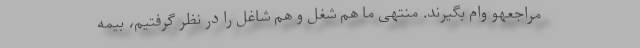
مراجعهو وام بگیرند. منتهی ما هم شغل و هم شاغل را در نظر گرفتیم، بیمه